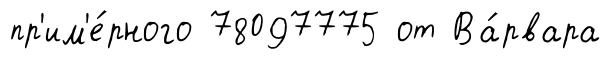
пр'им'е́рного 78097775 от Ва́рвара